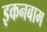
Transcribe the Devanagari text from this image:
इकनबाम